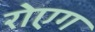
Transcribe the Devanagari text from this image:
रोएग